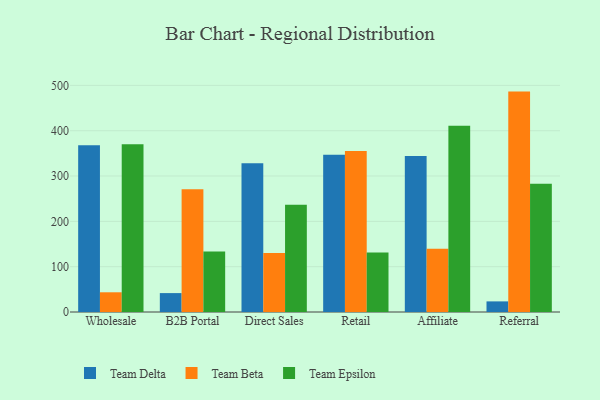
{"axis": {"x": "Channel", "y": "Inventory Turnover"}, "legend": ["Team Beta", "Team Delta", "Team Epsilon"], "data": [{"x": "Wholesale", "y": 367.9, "type": "Team Delta"}, {"x": "Wholesale", "y": 43.5, "type": "Team Beta"}, {"x": "Wholesale", "y": 370.3, "type": "Team Epsilon"}, {"x": "B2B Portal", "y": 41.7, "type": "Team Delta"}, {"x": "B2B Portal", "y": 271.0, "type": "Team Beta"}, {"x": "B2B Portal", "y": 133.5, "type": "Team Epsilon"}, {"x": "Direct Sales", "y": 328.3, "type": "Team Delta"}, {"x": "Direct Sales", "y": 130.0, "type": "Team Beta"}, {"x": "Direct Sales", "y": 236.8, "type": "Team Epsilon"}, {"x": "Retail", "y": 347.2, "type": "Team Delta"}, {"x": "Retail", "y": 355.5, "type": "Team Beta"}, {"x": "Retail", "y": 131.4, "type": "Team Epsilon"}, {"x": "Affiliate", "y": 344.0, "type": "Team Delta"}, {"x": "Affiliate", "y": 139.7, "type": "Team Beta"}, {"x": "Affiliate", "y": 410.7, "type": "Team Epsilon"}, {"x": "Referral", "y": 23.4, "type": "Team Delta"}, {"x": "Referral", "y": 486.3, "type": "Team Beta"}, {"x": "Referral", "y": 282.9, "type": "Team Epsilon"}]}